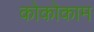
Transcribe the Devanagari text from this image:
कोकोकाम